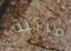
مرتبة